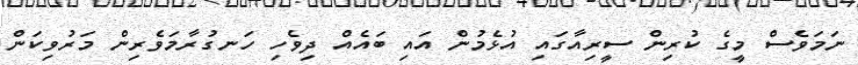
ނަމަވެސް މީގެ ކުރިން ސީރިއާގައި އުޅެމުން އައި ބައެއް ދިވެހި ހަނގުރާމަވެރިން މަރުވިކަން